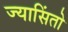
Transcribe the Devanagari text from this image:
ज्यासिंतो